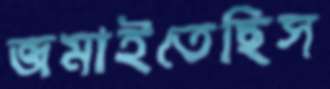
জমাইতেছিস